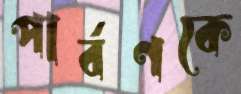
পার্বণকে